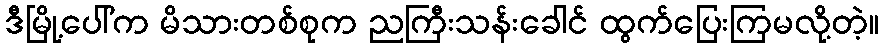
ဒီမြို့ပေါ်က မိသားတစ်စုက ညကြီးသန်းခေါင် ထွက်ပြေးကြမလို့တဲ့။